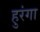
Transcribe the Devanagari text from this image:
हुरंगा